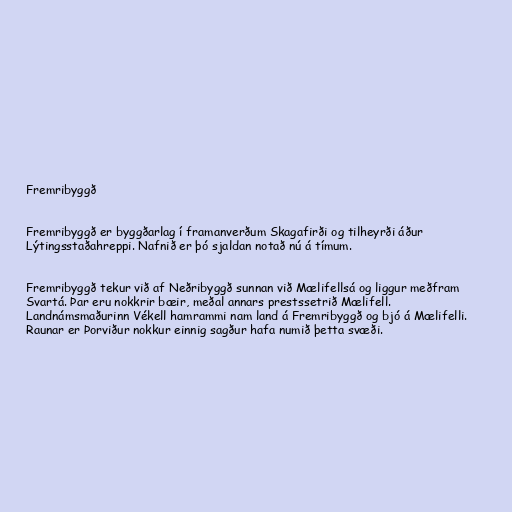
Fremribyggð

Fremribyggð er byggðarlag í framanverðum Skagafirði og tilheyrði áður
Lýtingsstaðahreppi. Nafnið er þó sjaldan notað nú á tímum.

Fremribyggð tekur við af Neðribyggð sunnan við Mælifellsá og liggur meðfram
Svartá. Þar eru nokkrir bæir, meðal annars prestssetrið Mælifell.
Landnámsmaðurinn Vékell hamrammi nam land á Fremribyggð og bjó á Mælifelli.
Raunar er Þorviður nokkur einnig sagður hafa numið þetta svæði.